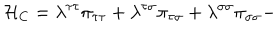
{ \cal H } _ { \mathrm { C } } = \lambda ^ { \tau \tau } \pi _ { \tau \tau } + \lambda ^ { \tau \sigma } \pi _ { \tau \sigma } + \lambda ^ { \sigma \sigma } \pi _ { \sigma \sigma } -